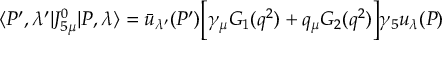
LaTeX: \langle P ^ { \prime } , \lambda ^ { \prime } | J _ { 5 \mu } ^ { 0 } | P , \lambda \rangle = \bar { u } _ { \lambda ^ { \prime } } ( P ^ { \prime } ) \biggl [ \gamma _ { \mu } G _ { 1 } ( q ^ { 2 } ) + q _ { \mu } G _ { 2 } ( q ^ { 2 } ) \biggr ] \gamma _ { 5 } u _ { \lambda } ( P )